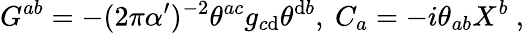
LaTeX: G^{ab}=-(2\pi\alpha^{\prime})^{-2}\theta^{ac}g_{c\mathrm{d}}\theta^{\mathrm{d}b},\ C_{a}=-i\theta_{ab}X^{b}\ ,